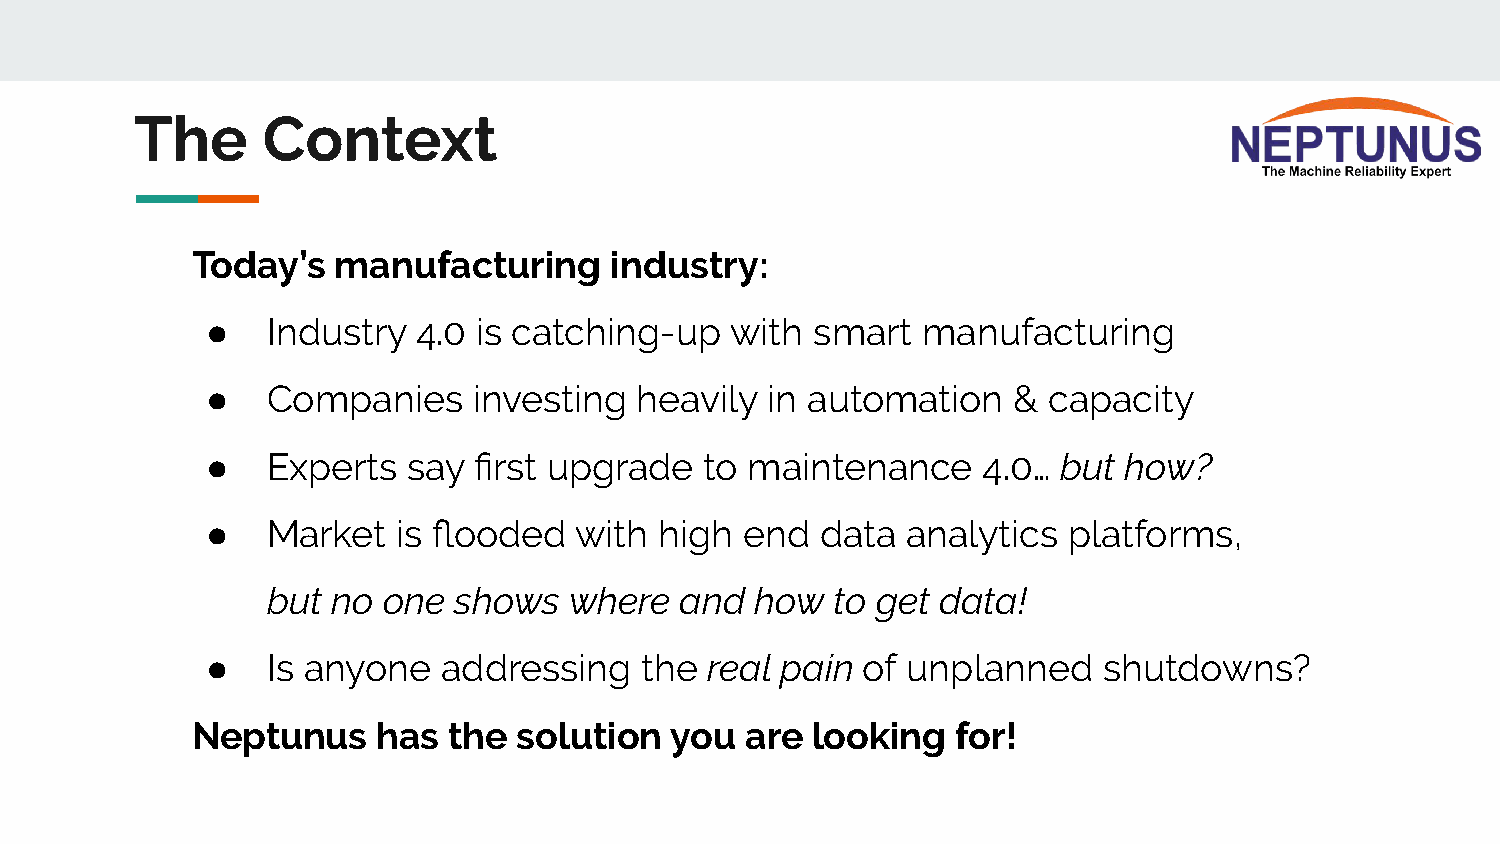
The     Context
 Today’s  manufacturing     industry:
 ●   Industry  4.0 is catching-up  with  smart  manufacturing
 ●   Companies    investing  heavily  in automation   & capacity
 ●   Experts  say first upgrade   to maintenance    4.0… but how?
 ●   Market  is flooded  with  high end  data  analytics  platforms,
 but no one  shows   where  and  how  to get data!
 ●   Is anyone  addressing   the  real pain of unplanned    shutdowns?
 Neptunus    has  the solution  you  are  looking  for!